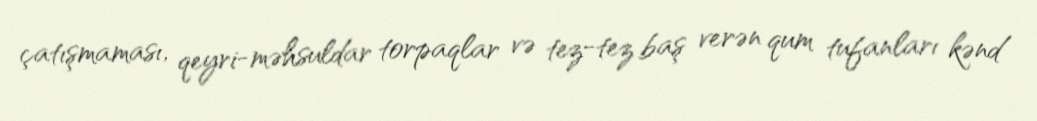
çatışmaması, qeyri-məhsuldar torpaqlar və tez-tez baş verən qum tufanları kənd